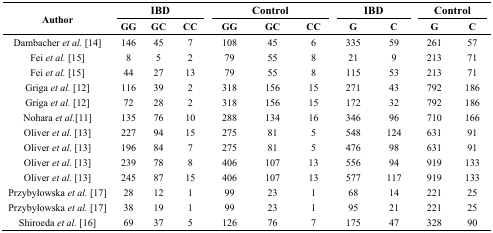
<table><thead><tr><td rowspan="3"><b>Author</b></td><td colspan="3"><b>IBD</b></td><td colspan="3"><b>Control</b></td><td colspan="2"><b>IBD</b></td><td colspan="2"><b>Control</b></td></tr><tr><td><b>GG</b></td><td><b>GC</b></td><td><b>CC</b></td><td><b>GG</b></td><td><b>GC</b></td><td><b>CC</b></td><td><b>G</b></td><td><b>C</b></td><td><b>G</b></td><td><b>C</b></td></tr></thead><tbody><tr><td>Dambacher <i>et al.</i> [14]</td><td>146</td><td>45</td><td>7</td><td>108</td><td>45</td><td>6</td><td>335</td><td>59</td><td>261</td><td>57</td></tr><tr><td>Fei <i>et al.</i> [15]</td><td>8</td><td>5</td><td>2</td><td>79</td><td>55</td><td>8</td><td>21</td><td>9</td><td>213</td><td>71</td></tr><tr><td>Fei <i>et al.</i> [15]</td><td>44</td><td>27</td><td>13</td><td>79</td><td>55</td><td>8</td><td>115</td><td>53</td><td>213</td><td>71</td></tr><tr><td>Griga <i>et al.</i> [12]</td><td>116</td><td>39</td><td>2</td><td>318</td><td>156</td><td>15</td><td>271</td><td>43</td><td>792</td><td>186</td></tr><tr><td>Griga <i>et al.</i> [12]</td><td>72</td><td>28</td><td>2</td><td>318</td><td>156</td><td>15</td><td>172</td><td>32</td><td>792</td><td>186</td></tr><tr><td>Nohara <i>et al.</i> [11]</td><td>135</td><td>76</td><td>10</td><td>288</td><td>134</td><td>16</td><td>346</td><td>96</td><td>710</td><td>166</td></tr><tr><td>Oliver <i>et al.</i> [13]</td><td>227</td><td>94</td><td>15</td><td>275</td><td>81</td><td>5</td><td>548</td><td>124</td><td>631</td><td>91</td></tr><tr><td>Oliver <i>et al.</i> [13]</td><td>196</td><td>84</td><td>7</td><td>275</td><td>81</td><td>5</td><td>476</td><td>98</td><td>631</td><td>91</td></tr><tr><td>Oliver <i>et al.</i> [13]</td><td>239</td><td>78</td><td>8</td><td>406</td><td>107</td><td>13</td><td>556</td><td>94</td><td>919</td><td>133</td></tr><tr><td>Oliver <i>et al.</i> [13]</td><td>245</td><td>87</td><td>15</td><td>406</td><td>107</td><td>13</td><td>577</td><td>117</td><td>919</td><td>133</td></tr><tr><td>Przybyłowska <i>et al.</i> [17]</td><td>28</td><td>12</td><td>1</td><td>99</td><td>23</td><td>1</td><td>68</td><td>14</td><td>221</td><td>25</td></tr><tr><td>Przybyłowska <i>et al.</i> [17]</td><td>38</td><td>19</td><td>1</td><td>99</td><td>23</td><td>1</td><td>95</td><td>21</td><td>221</td><td>25</td></tr><tr><td>Shiroeda <i>et al.</i> [16]</td><td>69</td><td>37</td><td>5</td><td>126</td><td>76</td><td>7</td><td>175</td><td>47</td><td>328</td><td>90</td></tr></tbody></table>